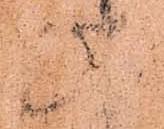
此